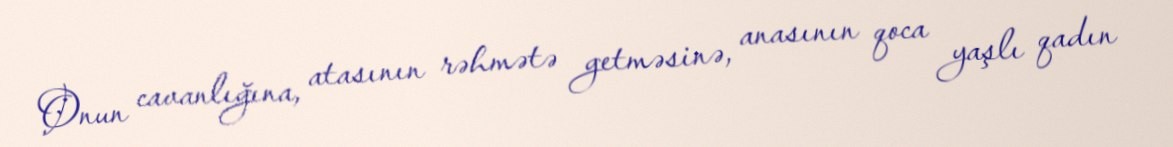
Onun cavanlığına, atasının rəhmətə getməsinə, anasının qoca yaşlı qadın